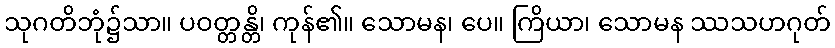
သုဂတိဘုံ၌သာ။ ပဝတ္တန္တိ၊ ကုန်၏။ သောမန၊ ပေ။ ကြိယာ၊ သောမန ဿသဟဂုတ်